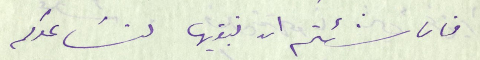
فان شئتم ان نبقيها لنسَاعدكم